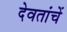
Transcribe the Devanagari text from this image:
देवतांचें